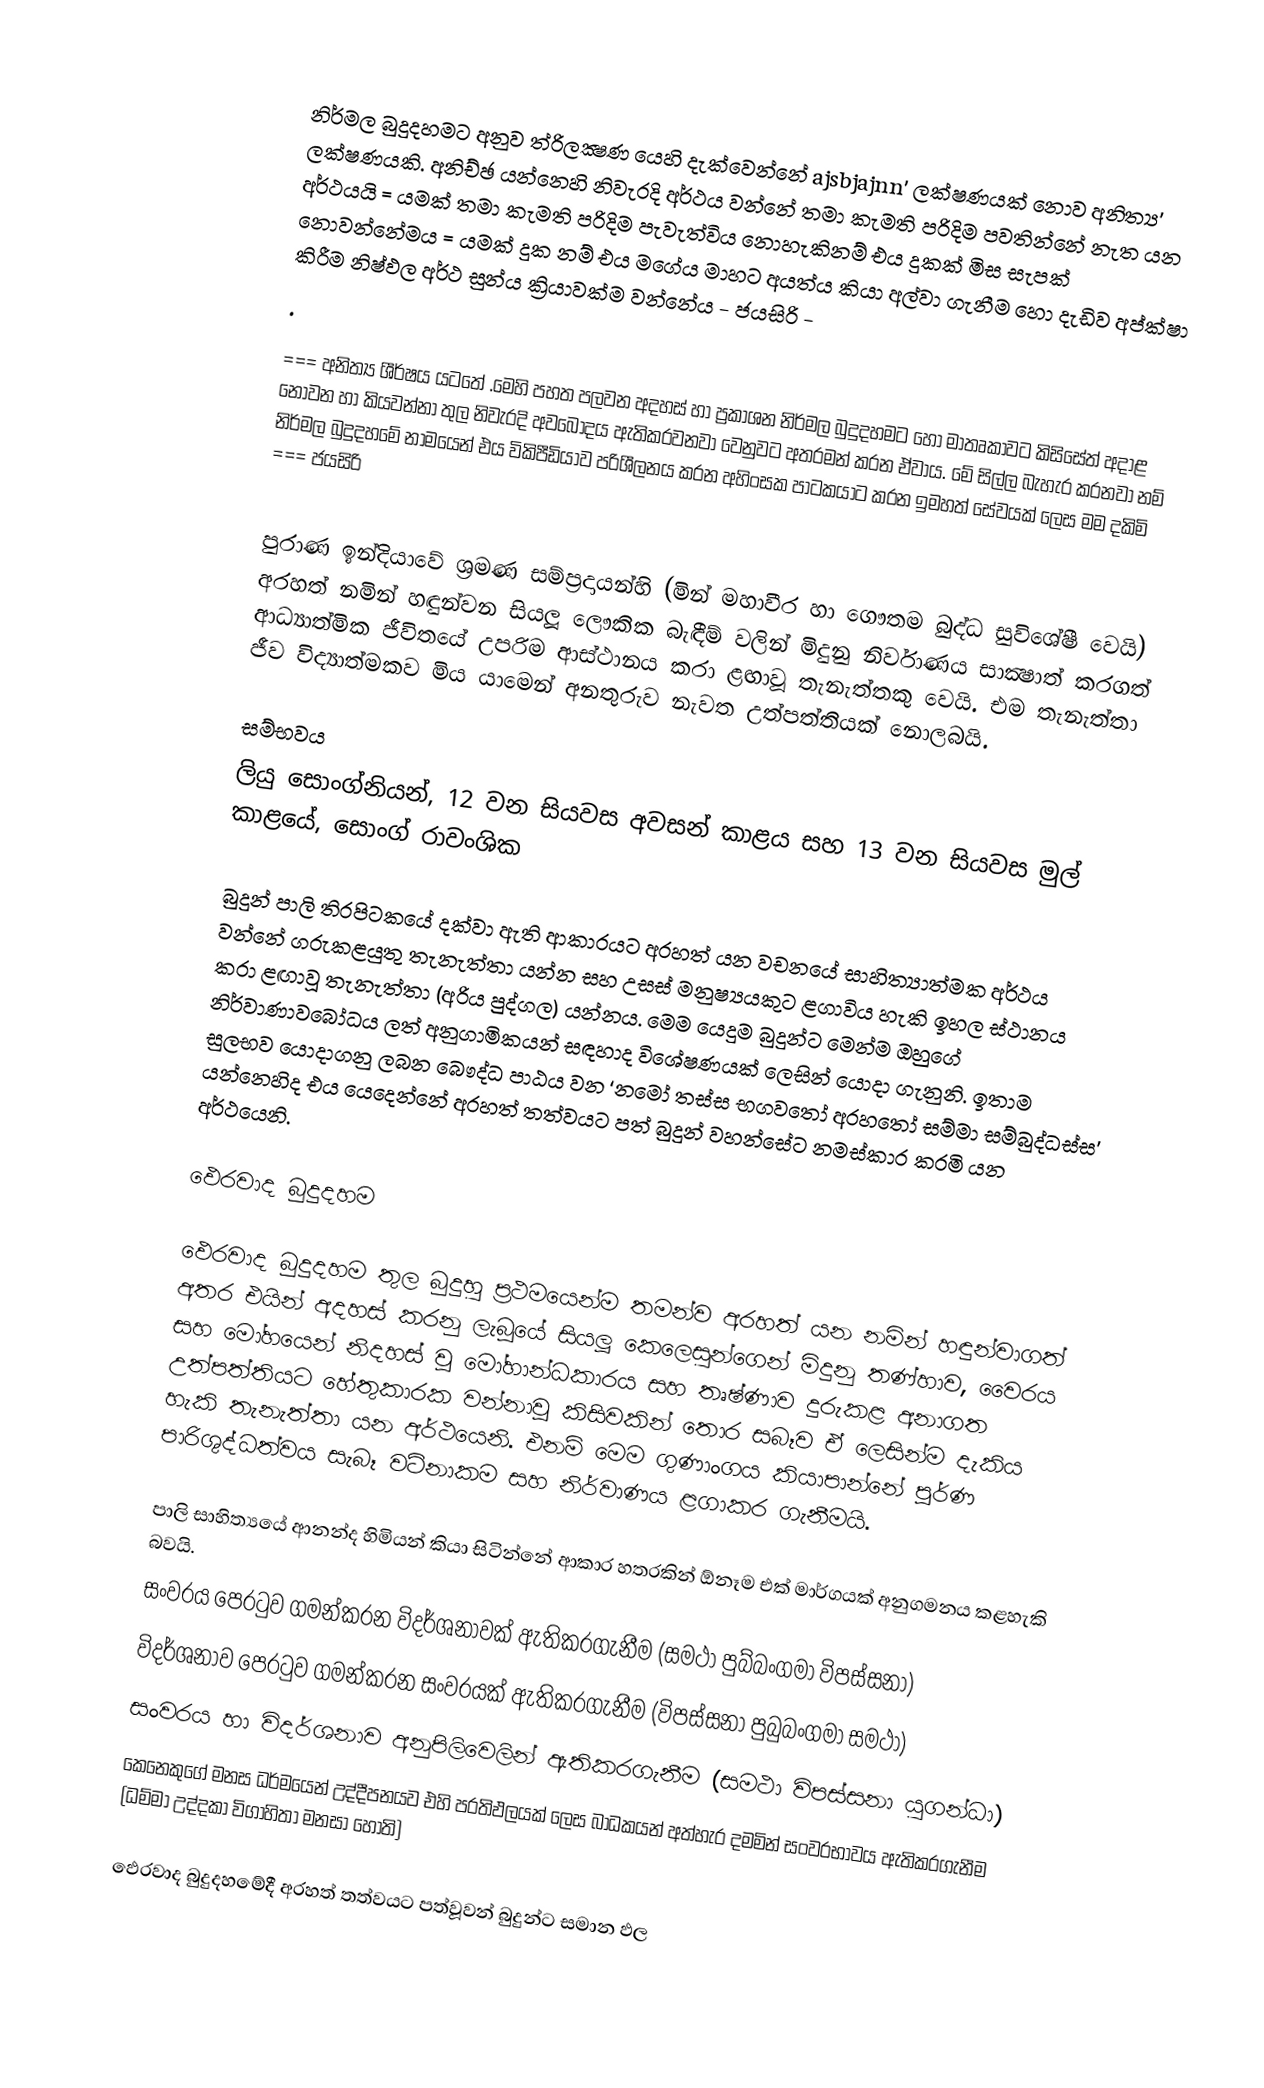

නිර්මල බුදුදහමට අනුව ත්රිලක්‍ෂණ යෙහි දැක්වෙන්නේ ajsbjajnn'  ලක්ෂණයක් නොව අනිත්‍ය' ලක්ෂණයකි.   අනිච්ඡ  යන්නෙහි  නිවැරදි අර්ථය වන්නේ  තමා කැමති  පරිදිම පවතින්නේ නැත යන  අර්ථයයි = යමක් තමා කැමති පරිදිම පැවැත්විය නොහැකිනම් එය දුකක් මිස සැපක් නොවන්නේමය =  යමක්  දුක නම් එය මගේය මාහට අයත්ය කියා අල්වා ගැනීම හො දැඩිව අප්ක්ෂා කිරීම  නිෂ්ඵල අර්ථ සුන්ය ක්‍රියාවක්ම වන්නේය - ජයසිරි -
.

=== අනිත්‍ය ශීර්ෂය යටතේ .මෙහි පහත පලවන අදහස් හා ප්‍රකාශන  නිර්මල බුදුදහමට හෝ මාතෘකාවට කිසිසේත් අදාළ නොවන හා කියවන්නා තුල නිවැරදි අවබෝදය ඇතිකරවනවා වෙනුවට අතරමන් කරන ඒවාය. මේ සිල්ල බැහැර කරනවා නම් නිර්මල බුදුදහමේ නාමයෙන් එය  විකිපීඩියාව පරිශීලනය කරන අහිංසක පාටකයාට කරන ඉමහත් සේවයක් ලෙස මම දකිමි ===  ජයසිරි

පුරාණ ඉන්දියාවේ ශ‍්‍රමණ සම්ප‍්‍රදායන්හි (මින් මහාවීර හා ගෞතම බුද්ධ සුවිශේෂී වෙයි) අරහත් නමින් හඳුන්වන සියලූ ලෞකික බැඳීම් වලින් මිදුනු නිර්වාණය සාක්‍ෂාත් කරගත් ආධ්‍යාත්මික ජීවිතයේ උපරිම ආස්ථානය කරා ළඟාවූ තැනැත්තකු වෙයි. එම තැනැත්තා ජීව විද්‍යාත්මකව මිය යාමෙන් අනතුරුව නැවත උත්පත්තියක් නොලබයි.

සම්භවය
ලියු සොංග්නියන්, 12 වන සියවස අවසන් කාළය සහ 13 වන සියවස මුල් කාළයේ, සොංග් රාවංශික

බුදුන් පාලි ති‍්‍රපිටකයේ දක්වා ඇති ආකාරයට අරහත් යන වචනයේ සාහිත්‍යාත්මක අර්ථය වන්නේ ගරුකළයුතු තැනැත්තා යන්න සහ උසස් මනුෂ්‍යයකුට ළගාවිය හැකි ඉහල ස්ථානය කරා ළඟාවූ තැනැත්තා (අරිය පුද්ගල) යන්නය. මෙම යෙදුම බුදුන්ට මෙන්ම ඔහුගේ නිර්වාණාවබෝධය ලත් අනුගාමිකයන් සඳහාද විශේෂණයක් ලෙසින් යොදා ගැනුනි. ඉතාම සුලභව යොදාගනු ලබන බෞද්ධ පාඨය වන ‘නමෝ තස්ස භගවතෝ අරහතෝ සම්මා සම්බුද්ධස්ස’ යන්නෙහිද එය යෙදෙන්නේ අරහත් තත්වයට පත් බුදුන් වහන්සේට නමස්කාර කරමි යන අර්ථයෙනි.

ඵෙරවාද බුදුදහම

ඵෙරවාද බුදුදහම තුල බුදුහු ප‍්‍රථමයෙන්ම තමන්ව අරහත් යන නමින් හඳුන්වාගත් අතර එයින් අදහස් කරනු ලැබූයේ සියලූ කෙලෙසුන්ගෙන් මිදුනු තණ්හාව, වෛරය සහ මෝහයෙන් නිදහස් වූ මෝහාන්ධකාරය සහ තෘෂ්ණාව දුරුකළ අනාගත උත්පත්තියට හේතුකාරක වන්නාවූ කිසිවකින් තොර සබෑව ඒ ලෙසින්ම දැකිය හැකි තැනැත්තා යන අර්ථයෙනි. එනම් මෙම ගුණාංගය කියාපාන්නේ පූර්ණ පාරිශුද්ධත්වය සැබෑ වටිනාකම සහ නිර්වාණය ළගාකර ගැනීමයි.

පාලි සාහිත්‍යයේ ආනන්ද හිමියන් කියා සිටින්නේ ආකාර හතරකින්  ඕනෑම එක් මාර්ගයක් අනුගමනය කළහැකි බවයි.
සංවරය පෙරටුව ගමන්කරන විදර්ශනාවක් ඇතිකරගැනීම (සමථා පුබ්බංගමා විපස්සනා)
විදර්ශනාව පෙරටුව ගමන්කරන සංවරයක් ඇතිකරගැනීම (විපස්සනා පුබුබංගමා සමථා)
සංවරය හා විදර්ශනාව අනුපිලිවෙලින් ඇතිකරගැනීම (සමථා විපස්සනා යුගන්ධා)
කෙනෙකුගේ මනස ධර්මයෙන් උද්දීපනයව එහි ප‍්‍රතිඵලයක් ලෙස බාධකයන් අත්හැර දමමින් සංවරභාවය ඇතිකරගැනීම (ධම්මා උද්දකා විගාහිතා මනසා හෝති)

ඵෙරවාද බුදුදහමේදී අරහත් තත්වයට පත්වූවන් බුදුන්ට සමාන ඵල